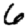
Digit: 6